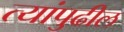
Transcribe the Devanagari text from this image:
त्यांपुढील